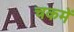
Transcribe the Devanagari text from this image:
चकमें